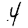
Digit: 4